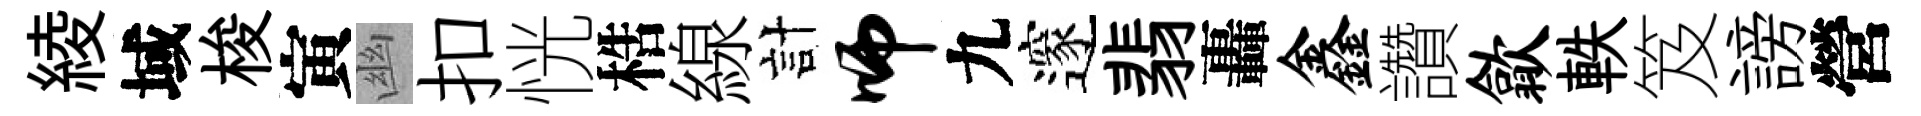
綾域梭寅幽扣恍梏線計师九邃翡轟鑫讚歙軼笈謗營